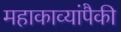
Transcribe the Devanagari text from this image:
महाकाव्यांपैकी